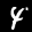
Label: 4